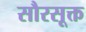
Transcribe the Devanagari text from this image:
सौरसूक्त